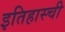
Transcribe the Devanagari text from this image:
इतिहास्ची